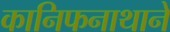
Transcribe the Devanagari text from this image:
कानिफनाथाने